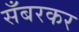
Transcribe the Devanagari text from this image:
सँबरकर